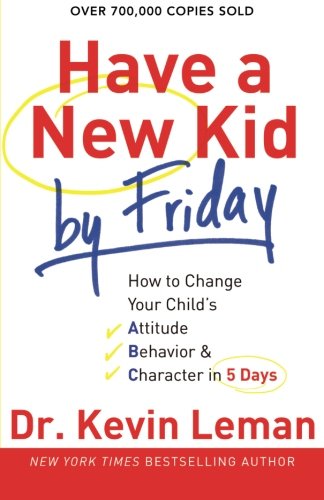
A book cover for Have a New Kid by Friday: How to Change Your Child's Attitude, Behavior & Character in 5 Days; Kevin Leman; Parenting & Relationships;